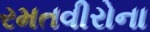
રમતવીરોના